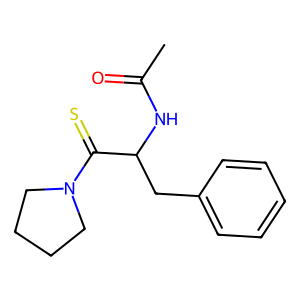
SMILES: CC(=O)NC(Cc1ccccc1)C(=S)N1CCCC1
Inhibits HIV replication: No